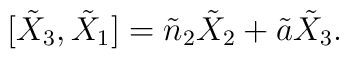
[\tilde{X}_3 , \tilde{X}_1] = \tilde{n}_2\tilde{X}_2 +\tilde{a}\tilde{X}_3.